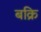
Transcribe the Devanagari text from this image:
बक्रि